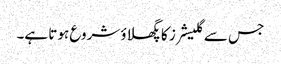
جس سے گلیشرز کا پگھلاؤ شروع ہوتا ہے۔